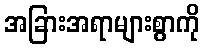
အခြားအရာများစွာကို